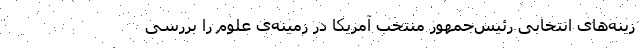
زینه‌های انتخابی رئیس‌جمهور منتخب آمریکا در زمینه‌ی علوم را بررسی